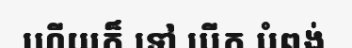
ហើយក៏ ទៅ បើក បំពង់